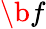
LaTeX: \b f